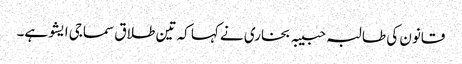
قانون کی طالبہ حبیبہ بخاری نے کہا کہ تین طلاق سماجی ایشو ہے۔